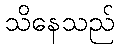
သိနေသည်